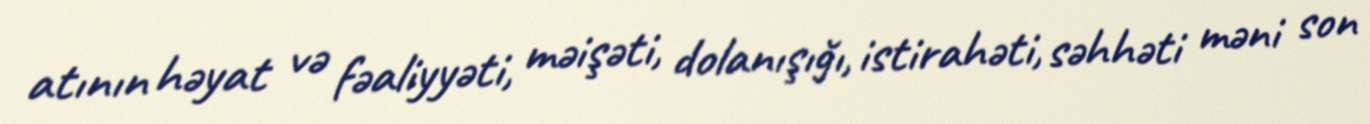
atının həyat və fəaliyyəti, məişəti, dolanışığı, istirahəti, səhhəti məni son